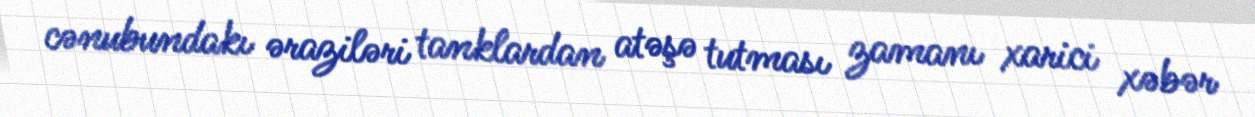
cənubundakı əraziləri tanklardan atəşə tutması zamanı xarici xəbər